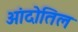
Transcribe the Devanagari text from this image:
आंदोतिल